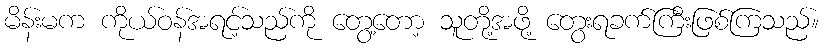
မိန်းမက ကိုယ်ဝန်အရင့်သည်ကို တွေ့တော့ သူတို့အဖို့ တွေးရခက်ကြီးဖြစ်ကြသည်။